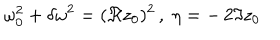
\: \omega _ { 0 } ^ { 2 } + \delta \omega ^ { 2 } = ( \Re z _ { 0 } ) ^ { 2 } \, , \; \eta = - \, 2 \Im z _ { 0 } \: